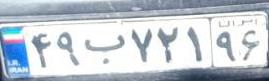
۴۹ب۷۲۱۹۶